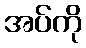
အပ်ကို